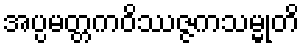
အပ္ပမတ္တကဝိဿဇ္ဇကသမ္မုတိ